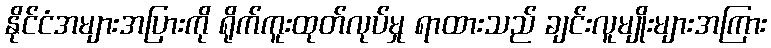
နိုင်ငံအများအပြားကို ရိုက်ကူးထုတ်လုပ်မှု ရာထားသည် ချင်းလူမျိုးများအကြား